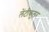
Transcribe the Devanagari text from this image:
लेंटीकुलर